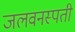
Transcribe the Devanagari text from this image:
जलवनस्पती